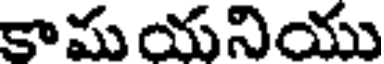
కామ యనియు